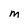
Character: m